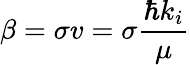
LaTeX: \beta=\sigma v=\sigma\frac{\hbar k_{i}}{\mu}